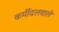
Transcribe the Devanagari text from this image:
कर्मीदलवाले